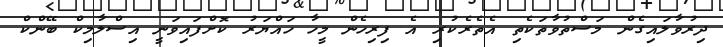
ދިރުވާލައިގެން މަސްތުވާތަކެތި އެތެރެކުރި އެ ފިރިހެން މީހާ ހައްޔަރު ކޮށްފައިވަނީ އިސްލާމިކް ބޭންކް